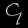
Digit: ၄